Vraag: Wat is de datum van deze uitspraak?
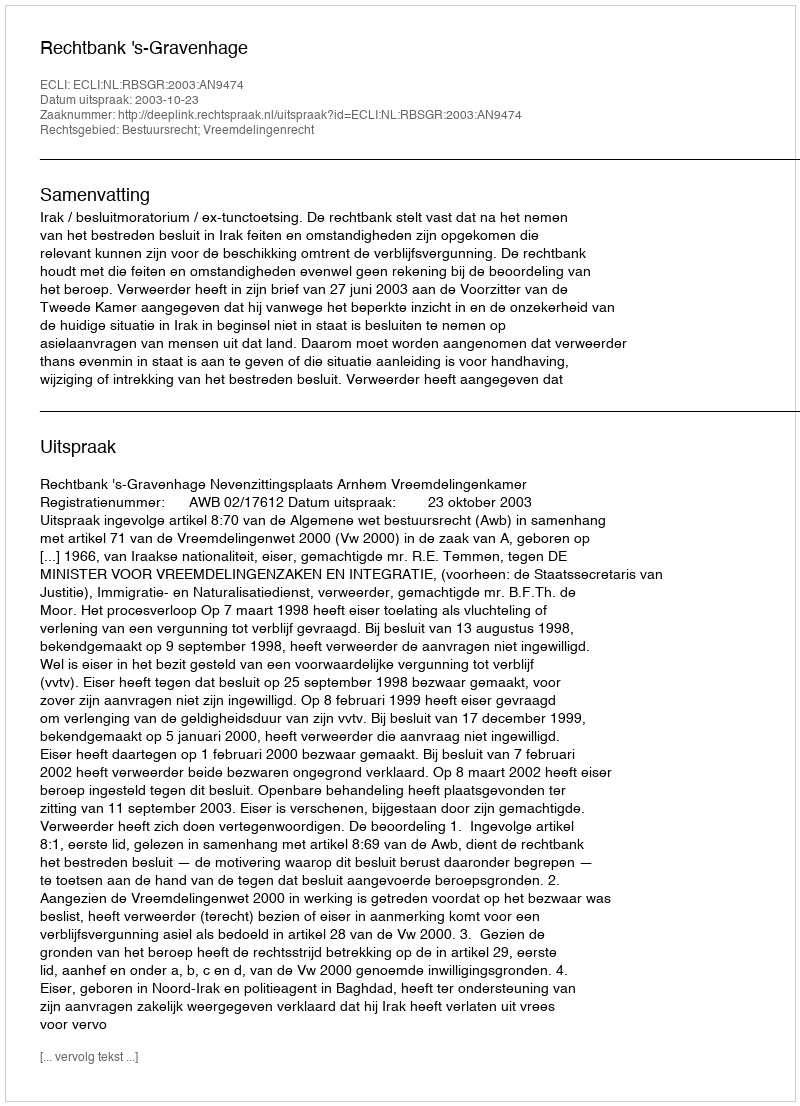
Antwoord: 2003-10-23